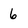
Character: 6